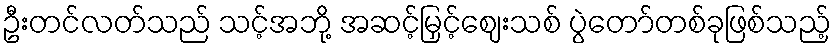
ဦးတင်လတ်သည် သင့်အဘို့ အဆင့်မြှင့်ဈေးသစ် ပွဲတော်တစ်ခုဖြစ်သည့်